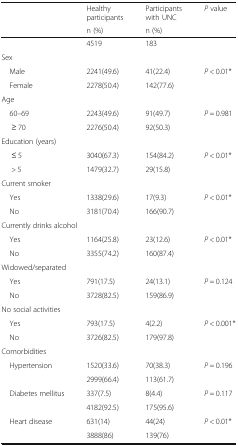
<table><thead><tr><td rowspan="2"></td><td><b>Healthy participants</b></td><td><b>Participants with UNC</b></td><td rowspan="2"><b><i>P</i> value</b></td></tr><tr><td><b>n (%)</b></td><td><b>n (%)</b></td></tr></thead><tbody><tr><td></td><td>4519</td><td>183</td><td></td></tr><tr><td colspan="4">Sex</td></tr><tr><td> Male</td><td>2241(49.6)</td><td>41(22.4)</td><td rowspan="2"><i>P</i> &lt; 0.01*</td></tr><tr><td> Female</td><td>2278(50.4)</td><td>142(77.6)</td></tr><tr><td colspan="4">Age</td></tr><tr><td> 60–69</td><td>2243(49.6)</td><td>91(49.7)</td><td rowspan="2"><i>P</i> = 0.981</td></tr><tr><td>≥ 70</td><td>2276(50.4)</td><td>92(50.3)</td></tr><tr><td colspan="4">Education (years)</td></tr><tr><td>≤ 5</td><td>3040(67.3)</td><td>154(84.2)</td><td rowspan="2"><i>P</i> &lt; 0.01*</td></tr><tr><td>&gt; 5</td><td>1479(32.7)</td><td>29(15.8)</td></tr><tr><td colspan="4">Current smoker</td></tr><tr><td> Yes</td><td>1338(29.6)</td><td>17(9.3)</td><td rowspan="2"><i>P</i> &lt; 0.01*</td></tr><tr><td> No</td><td>3181(70.4)</td><td>166(90.7)</td></tr><tr><td colspan="4">Currently drinks alcohol</td></tr><tr><td> Yes</td><td>1164(25.8)</td><td>23(12.6)</td><td rowspan="2"><i>P</i> &lt; 0.01*</td></tr><tr><td> No</td><td>3355(74.2)</td><td>160(87.4)</td></tr><tr><td colspan="4">Widowed/separated</td></tr><tr><td> Yes</td><td>791(17.5)</td><td>24(13.1)</td><td rowspan="2"><i>P</i> = 0.124</td></tr><tr><td> No</td><td>3728(82.5)</td><td>159(86.9)</td></tr><tr><td colspan="4">No social activities</td></tr><tr><td> Yes</td><td>793(17.5)</td><td>4(2.2)</td><td rowspan="2"><i>P</i> &lt; 0.001*</td></tr><tr><td> No</td><td>3726(82.5)</td><td>179(97.8)</td></tr><tr><td colspan="4">Comorbidities</td></tr><tr><td rowspan="2"> Hypertension</td><td>1520(33.6)</td><td>70(38.3)</td><td rowspan="2"><i>P</i> = 0.196</td></tr><tr><td>2999(66.4)</td><td>113(61.7)</td></tr><tr><td rowspan="2"> Diabetes mellitus</td><td>337(7.5)</td><td>8(4.4)</td><td rowspan="2"><i>P</i> = 0.117</td></tr><tr><td>4182(92.5)</td><td>175(95.6)</td></tr><tr><td rowspan="2"> Heart disease</td><td>631(14)</td><td>44(24)</td><td rowspan="2"><i>P</i> &lt; 0.01*</td></tr><tr><td>3888(86)</td><td>139(76)</td></tr></tbody></table>